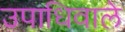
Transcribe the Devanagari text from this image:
उपाधिवाले